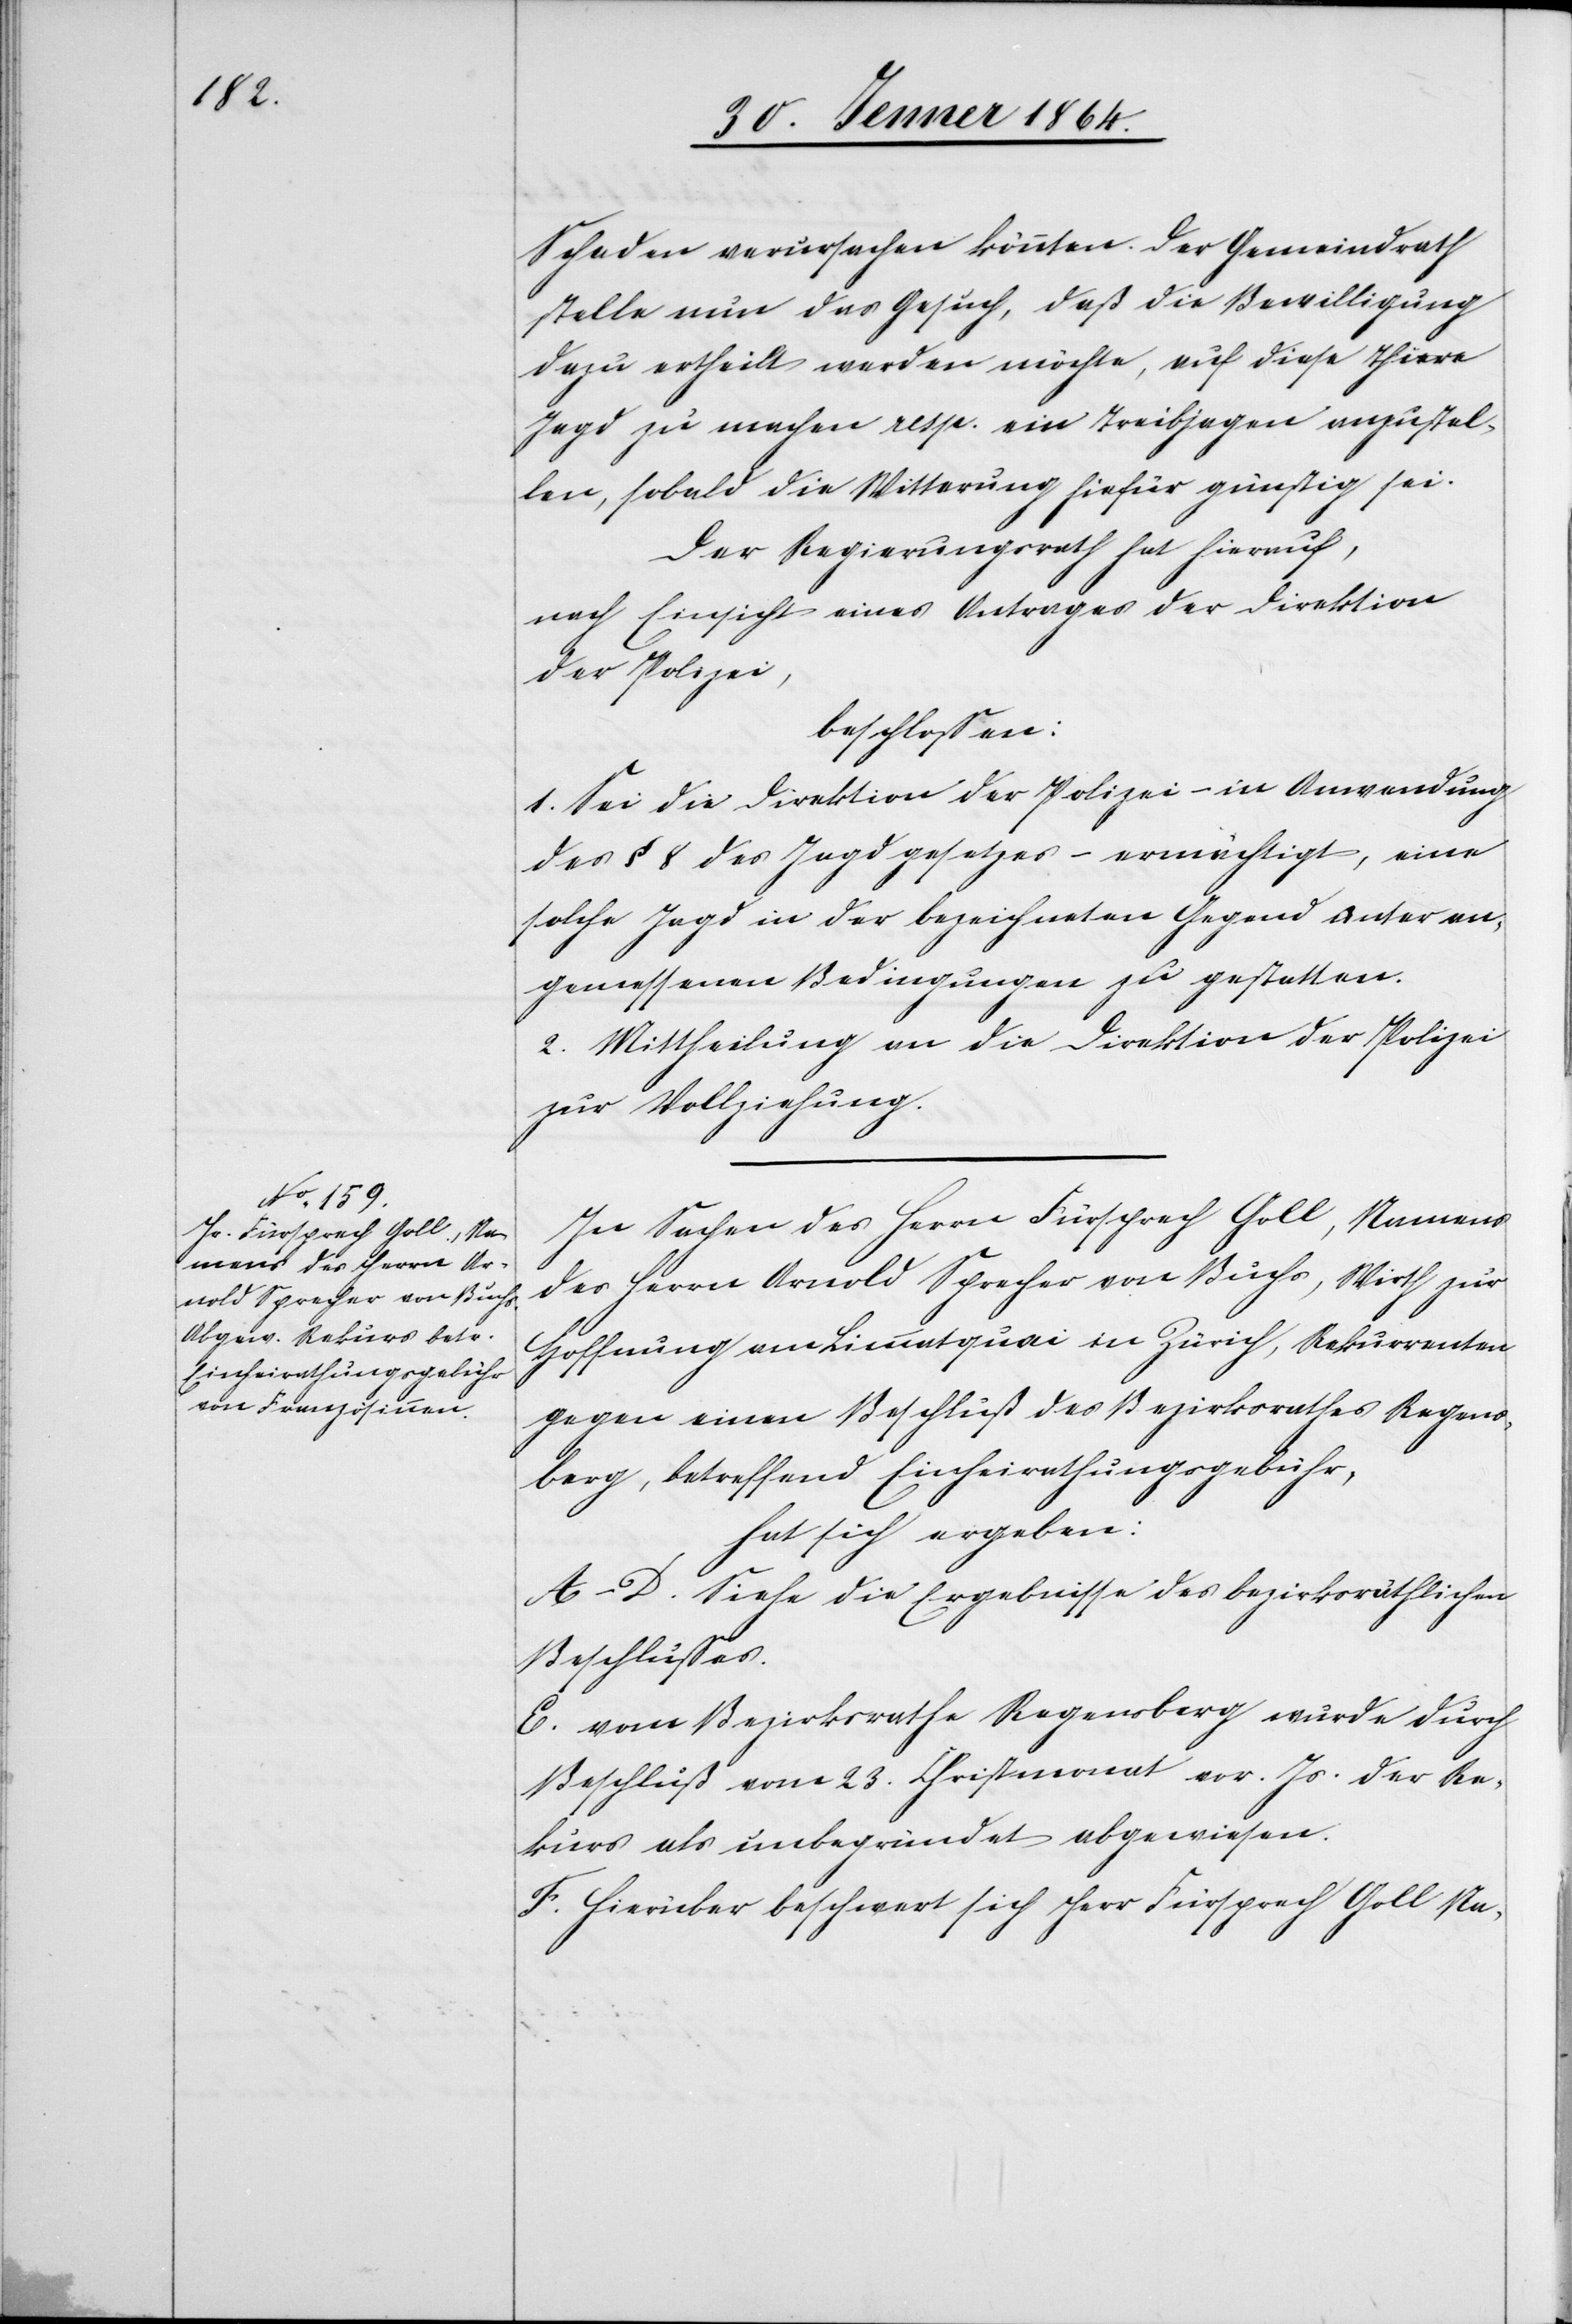
Schaden verursachen könnten. Der Gemeindrath
stelle nun das Gesuch, daß die Bewilligung
dazu ertheilt werden möchte, auf diese Thiere
Jagd zu machen resp. ein Treibjagen anzustel¬
len, sobald die Witterung hiefür günstig sei.
Der Regierungsrath hat hierauf,
nach Einsicht eines Antrages der Direktion
der Polizei,
beschlossen:
1. Sei die Direktion der Polizei – in Anwendung
des § 8 des Jagdgesetzes – ermächtigt, eine
solche Jagd in der bezeichneten Gegend unter an¬
gemessenen Bedingungen zu gestatten.
2. Mittheilung an die Direktion der Polizei
zur Vollziehung.
In Sachen des Herrn Fürsprech Goll, Namens
des Herrn Arnold Sprecher von Buchs, Wirth zur
Hoffnung am Limmatquai in Zürich, Rekurrenten
gegen einen Beschluß des Bezirksrathes Regens¬
berg, betreffend Einheirathungsgebühr,
hat sich ergeben:
A–D. Siehe die Ergebnisse des bezirksräthlichen
Beschlusses.
E. vom Bezirksrathe Regensberg wurde durch
Beschluß vom 23. Christmonat vor. Js. der Re¬
kurs als unbegründet abgewiesen.
F. Hierüber beschwert sich Herr Fürsprech Goll Na-